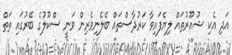
އަދި އެކި ޝުއޫރުތައް ލިޔެފައިވާ ކަރުދާސްތައް ބެލެނިވެރިން ވަނީ ސްކޫލުގެ ބޭރުގައި ތަތް